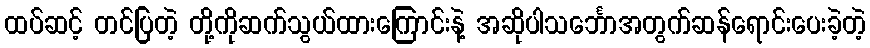
ထပ်ဆင့် တင်ပြတဲ့ တို့ကိုဆက်သွယ်ထားကြောင်းနဲ့ အဆိုပါသင်္ဘောအတွက်ဆန်ရောင်းပေးခဲ့တဲ့